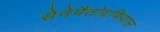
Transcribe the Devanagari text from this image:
सेनेमैतोग्रफियास